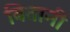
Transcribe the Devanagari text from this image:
वितानी